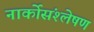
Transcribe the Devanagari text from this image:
नार्कोसंश्लेषण